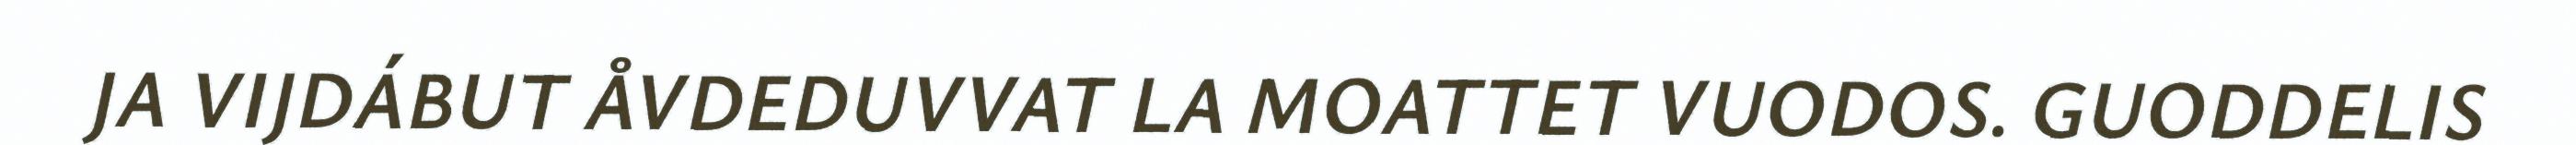
JA VIJDÁBUT ÅVDEDUVVAT LA MOATTET VUODOS. GUODDELIS